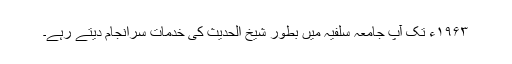
۱۹۶۳ء تک آپ جامعہ سلفیہ میں بطور شیخ الحدیث کی خدمات سرانجام دیتے رہے۔